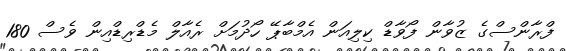
ފްރާންސްގެ ޒުވާން ފޯވާޑް ކިލިއަން އެމްބާޕޭ ހޯދުމަށް ރެއާލް މެޑްރިޑްއިން ވެސް 180